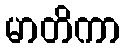
မာတိကာ